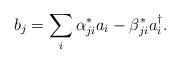
LaTeX: \begin{align*}b_{j}=\sum_{i}\alpha^{*}_{ji}a_{i}-\beta^{*}_{ji}a^{\dag}_{i}. \end{align*}